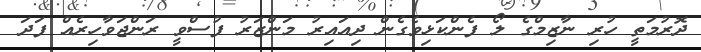
ދޮރުމަތީ ހުރި ނާޒިމްގެ ލޯ ފެންކަޅިވެގެން ދިއައިރު މަންޒަރު ފުސްވީ ރަންޖަވާހިރެއް ފަދަ